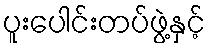
ပူးပေါင်းတပ်ဖွဲ့နှင့်